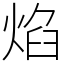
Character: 焰